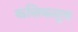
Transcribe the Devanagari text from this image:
कलिकलुष